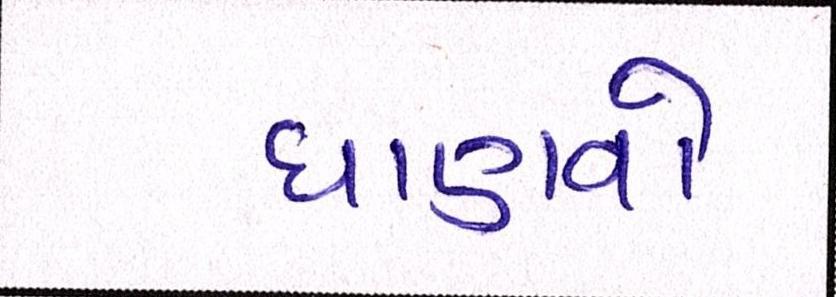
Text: ઘાણવો